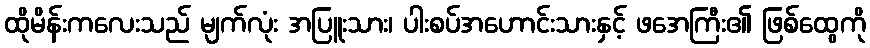
ထိုမိန်းကလေးသည် မျက်လုံး အပြူးသား၊ ပါးစပ်အဟောင်းသားနှင့် ဖအေကြီး၏ ဖြစ်ထွေကို